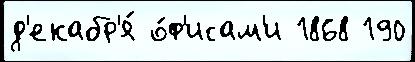
д'екабр'я́ о́ф'исам'и 1868 190